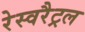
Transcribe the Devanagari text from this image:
रेस्वरैट्रल